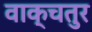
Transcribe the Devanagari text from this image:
वाक्चतुर